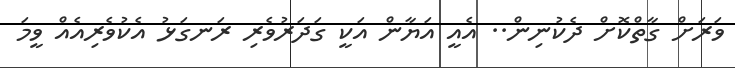
ވަރަށް ގާތްކޮށް ދެކުނިން.. އެއީ އަޔާން އަކީ ގަދަރުވެރި ރަނގަޅު އެކުވެރިއެއް ވީމަ